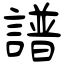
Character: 譜